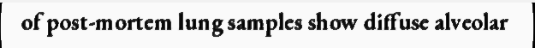
of post-mortem lung samples show diffuse alveolar